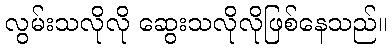
လွမ်းသလိုလို ဆွေးသလိုလိုဖြစ်နေသည်။